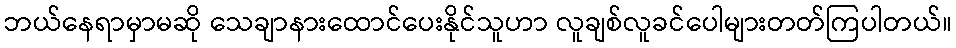
ဘယ်နေရာမှာမဆို သေချာနားထောင်ပေးနိုင်သူဟာ လူချစ်လူခင်ပေါများတတ်ကြပါတယ်။